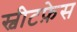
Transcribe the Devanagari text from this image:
स्वीटफ़ेस